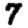
Digit: 7